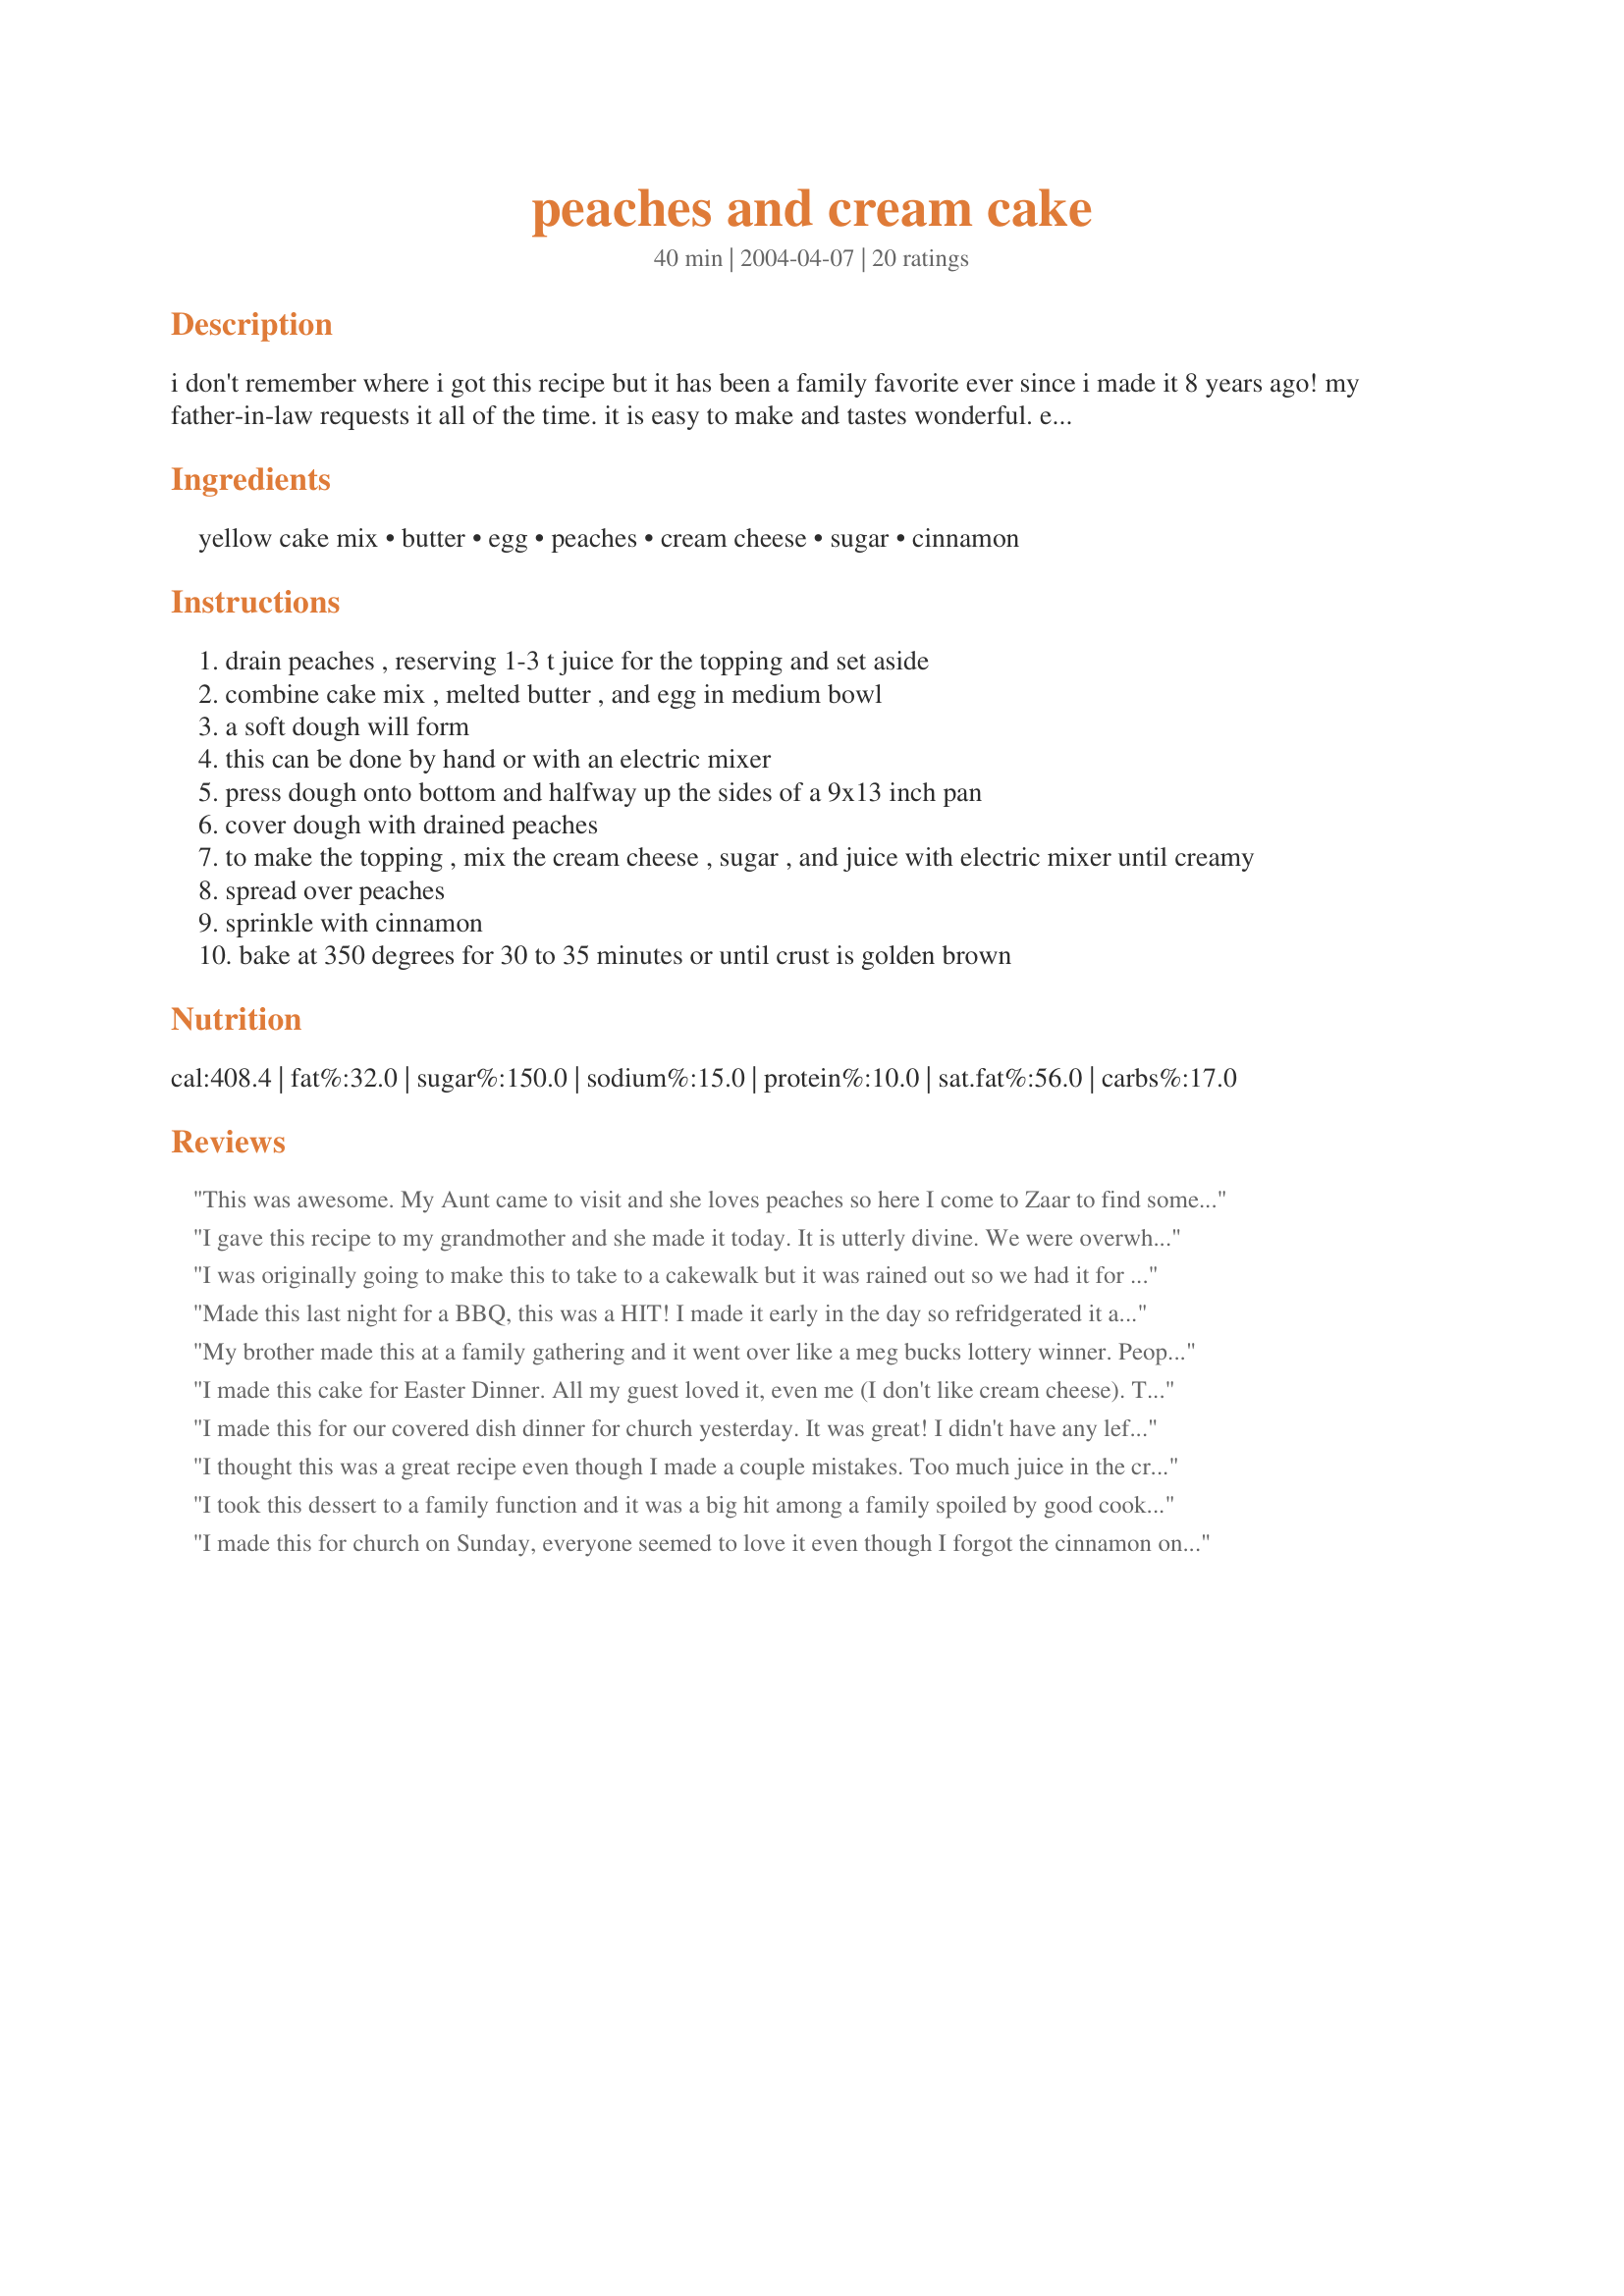
peaches and cream cake
Preparation time: 40 minutes

i don't remember where i got this recipe but it has been a family favorite ever since i made it 8 years ago! my father-in-law requests it all of the time. it is easy to make and tastes wonderful. everytime i take it somewhere, someone asks for the recipe. i use a butter flavored yellow cake mix.

Ingredients:
yellow cake mix, butter, egg, peaches, cream cheese, sugar, cinnamon

Steps:
drain peaches , reserving 1-3 t juice for the topping and set aside
combine cake mix , melted butter , and egg in medium bowl
a soft dough will form
this can be done by hand or with an electric mixer
press dough onto bottom and halfway up the sides of a 9x13 inch pan
cover dough with drained peaches
to make the topping , mix the cream cheese , sugar , and juice with electric mixer until creamy
spread over peaches
sprinkle with cinnamon
bake at 350 degrees for 30 to 35 minutes or until crust is golden brown

Reviews:
This was awesome. My Aunt came to visit and she loves peaches so here I come to Zaar to find something different, she took the recipe home with her. Thanks for posting.
I gave this recipe to my grandmother and she made it today. It is utterly divine. We were overwhelmed by the amount of cinnamon on the top at first, but I don't think the cake would be as good without it. YUM!
I was originally going to make this to take to a cakewalk but it was rained out so we had it for Easter dessert. MY GOODNESS - the family loved it - father in law too. Thanks for sharing!
Made this last night for a BBQ, this was a HIT! I made it early in the day so refridgerated it and ate chilled. I had bought ice cream to go with but we didn't need it. Very refreshing for a BBQ! Tasted much like a Peach cheesecake, will def make again. TY
My brother made this at a family gathering and it went over like a meg bucks lottery winner. People were actually demanding the recipe from him and licking their desert plates at the same time. This receipe was ultra easy and ultra delicious. Two hard combinations to find. My grand daughter wants this instead of a traditional birthday cake...now that's an endorsement...thanks
I made this cake for Easter Dinner. All my guest loved it, even me (I don't like cream cheese). The only suggestion would be to start with the cream cheese at room temperature to facilitate mixing and spreading. Thanks for a great recipe.
I made this for our covered dish dinner for church yesterday. It was great! I didn't have any left to bring home. Thanks for sharing, Angie.
I thought this was a great recipe even though I made a couple mistakes. Too much juice in the cream cheese and forgot the cinnamon. I thought a half recipe in a 9x9 baking dish was plenty for my small family.
I took this dessert to a family function and it was a big hit among a family spoiled by good cooks. I would say I definately held my own with this one. I will definately make it again!!! Great Dessert!!!
I made this for church on Sunday, everyone seemed to love it even though I forgot the cinnamon on top. I actually got to try a piece and it was very good, the only thing I didn't care for was that the crust was a little hard, but tasty. Thanks for a unique and tasty recipe, Angie!
This was so incredible. I kept it in longer cause it didn't "look" done but it was. The cream is just really "wet' looking. But as it cooled it started thickening up. It was too good to be true. Wow. Thank you so much. I will make again!
This is a very good cake. I have made it several times. The one thing I have noticed is the crust can be a little salty if I use salted butter. I used unsalted butter in the one I made today and it was perfect. Thanks
Can I give more than 5 stars for this one? WOW! This cake was simply divine! I have actually beeing just itching to make it, but my oven was on the fritz. Well, it was fixed yesterday and this cake was cooking less than an hour later!

The instructions were very easy to follow, everything was clear.

My family adored this dessert. We ate it while it was still a bit warm. Mmmmmmm... Oh my! When my 10 year old son finished his, looking a bit glossy and dazed, he said, "Mom, I know what cake I want for my birthday this year!" 

Terrrrrific!
Despite the looks of this dish in my posted picture, this cake was delicious. Hand mixing the dough took a little energy. Not that I couldn't use the exercise, but next time I'll use the food processer for expediency. One alteration was sprinkling the cinnamon over the peaches instead of over the top of the cream. Another concern was the prescribed amount of peaches. My dish couldn't handle what would equate to appoximately 4 regular sized cans of peaches, so I cut it down to 2 15 oz cans. I just wish I hadn't opened all cans in advance. Anyhoo, a nice spin on peaches and cream and no can say I've eaten too little of it!
How can anything this easy to make taste so good! I do a 'dessert table' for special occasions and decided to add your Peaches and Cream Cake. I am so glad I did, it is perfect for entertaining, looks so impressive, tastes great, a perfect summer dessert! Thank you Angie for sharing this dessert recipe which I definitely will be making again!
Very easy to put together and very tasty! Super rich so a little piece goes a long way. Thanks for sharing this recipe!
What wonderful flavor and so easy to make!
I liked this very much, and my youngest son finished it off before my oldest son even got home from work! I did think the crust part was just a little too sweet - I don't know if it's the brand of cake mix I used, or if it's just because it was a concentrated flavor. I think I'll try it again with a different brand and see if that cuts back on the sweetness. Thanks so much for sharing!!
Goodness gracious, this is "slap your mama" good.
Made it last night for our prayer meeting tonight and after it had cooled, I had to "taste" it. You know you can't just blindside people with stuff you haven't tried! :)

ANYWAY, prayer group is going to have to settle for Little Debbie's brownies or something from grocery because there wasn't a bite left by time kids, 2 of their friends, DH and I finished the pan off.

THIS STUFF IS SUPER!! Thanks for adding a new favorite to my family's recipe collection!!!
i made this for a family reunion. It was the only dessert that was totally gone by the end of the meal. I got one piece. Wow! It was good! Now, I have to see if I can meke it sugar-free for my brother.
